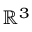
\mathbb { R } ^ { 3 }